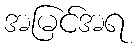
အမြင်အရ